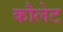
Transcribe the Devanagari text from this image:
कौलेट